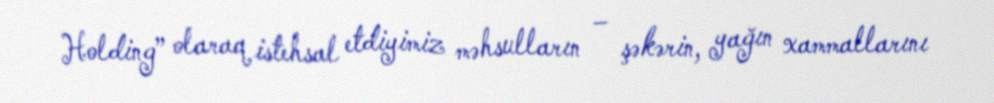
Holding” olaraq istehsal etdiyimiz məhsulların – şəkərin, yağın xammallarını